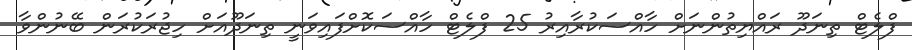
ފްލެޓް ތިނަދޫ ރައްޔިތުންނަށް ހާއްސަކުރާއިރު 25 ފްލެޓް ހާއްސަކޮށްފައިވަނީ ތިނަދޫއަށް ހިޖުރަކުރަން ބޭނުންވާ